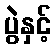
ပွဲနှင့်